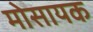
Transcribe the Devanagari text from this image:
मोसायक